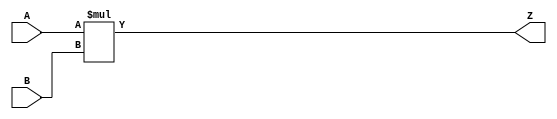
/***
* This code is a part of EvoApproxLib library (ehw.fit.vutbr.cz/approxlib) distributed under The MIT License.
* When used, please cite the following article(s): V. Mrazek, Z. Vasicek, L. Sekanina, H. Jiang and J. Han, "Scalable Construction of Approximate Multipliers With Formally Guaranteed Worst Case Error" in IEEE Transactions on Very Large Scale Integration (VLSI) Systems, vol. 26, no. 11, pp. 2572-2576, Nov. 2018. doi: 10.1109/TVLSI.2018.2856362 
* This file contains a circuit from a sub-set of pareto optimal circuits with respect to the pwr and mse parameters
***/
// MAE% = 0.00 %
// MAE = 0 
// WCE% = 0.00 %
// WCE = 0 
// WCRE% = 0.00 %
// EP% = 0.00 %
// MRE% = 0.00 %
// MSE = 0 
// PDK45_PWR = 2.400 mW
// PDK45_AREA = 2614.0 um2
// PDK45_DELAY = 3.05 ns



module mul16s_HEB(
	A, 
	B,
	Z
);

input signed [16-1:0] A;
input signed [16-1:0] B;
output signed [2*16-1:0] Z;

wire signed [2*(16-0)-1:0] tmpZ;
assign tmpZ = $signed(A[16-1:0]) * $signed(B[16-1:0]);
assign Z = $signed(tmpZ);
endmodule